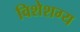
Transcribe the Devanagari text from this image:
विशेशग्य